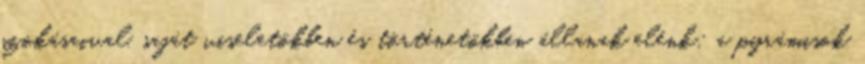
szokásaival, saját viseletökben és történetökben állanak elénk; a pyrámisok